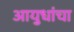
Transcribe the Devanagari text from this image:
आयुधांचा